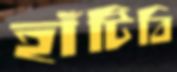
হাঁটিবি